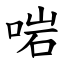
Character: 啱